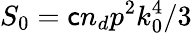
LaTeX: S_{0}=\mathsf{c}n_{d}p^{2}k_{0}^{4}/3